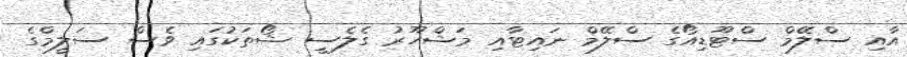
އާއި ސްލޭމް ސްޓޫޑިއޯގެ ސްލޭމް ނައިޓާއި މަޝްހޫރު ގެލެސީ ޝޯތަކުގައި ވެސް ސަލީމްގެ